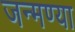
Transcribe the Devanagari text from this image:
जन्मण्या